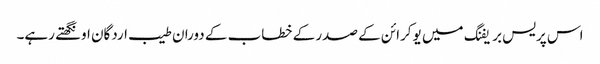
اس پریس بریفنگ میں یوکرائن کے صدر کے خطاب کے دوران طیب اردگان اونگھتے رہے۔